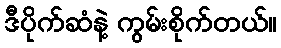
ဒီပိုက်ဆံနဲ့ ကွမ်းစိုက်တယ်။